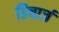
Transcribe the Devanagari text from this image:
डिचार्ज